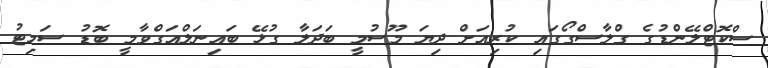
ސްކޮޓްލޭންޑުގެ ގްލާސްގޯގައި ކުރިއަށް ދިޔަ މޫސުމީ ބަދަލާ ގުޅޭ ބައިނަލްއަގްވާމީ ބޮޑު ސަމިޓު